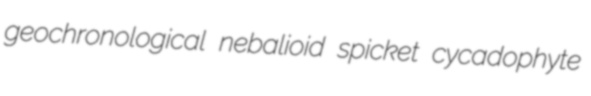
geochronological nebalioid spicket cycadophyte